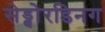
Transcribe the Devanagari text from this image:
सेड्बोरडिनग